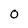
Character: 0